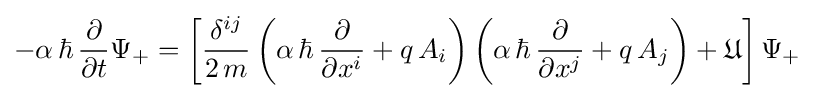
-\alpha \,\hbar \,{\frac {\partial }{\partial t}}\Psi _{+}=\left[{\frac {\delta ^{ij}}{2\,m}}\left(\alpha \,\hbar \,{\frac {\partial }{\partial x^{i}}}+q\,A_{i}\right)\left(\alpha \,\hbar \,{\frac {\partial }{\partial x^{j}}}+q\,A_{j}\right)+{\mathfrak {U}}\right]\Psi _{+}